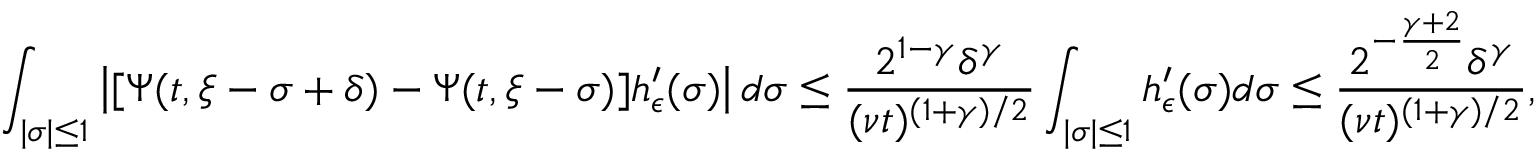
\int _ { | \sigma | \leq 1 } \left| [ \Psi ( t , \xi - \sigma + \delta ) - \Psi ( t , \xi - \sigma ) ] h _ { \epsilon } ^ { \prime } ( \sigma ) \right| d \sigma \leq \frac { 2 ^ { 1 - \gamma } \delta ^ { \gamma } } { ( \nu t ) ^ { ( 1 + \gamma ) / 2 } } \int _ { | \sigma | \leq 1 } h _ { \epsilon } ^ { \prime } ( \sigma ) d \sigma \leq \frac { 2 ^ { - \frac { \gamma + 2 } { 2 } } \delta ^ { \gamma } } { ( \nu t ) ^ { ( 1 + \gamma ) / 2 } } ,